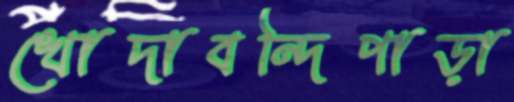
খোদাবন্দিপাড়া